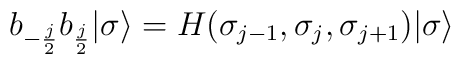
b_{-{j\over 2}}b_{{j\over 2}} |\sigma\rangle=H(\sigma_{j-1},\sigma_j,\sigma_{j+1})|\sigma\rangle